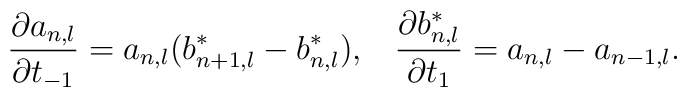
\frac{\partial a_{n,l}}{\partial t_{-1}}=a_{n,l}(b_{n+1,l}^{*}-b_{n,l}^{*}),\;\;\;\frac{\partial b_{n,l}^{*}}{\partial t_{1}}=a_{n,l}-a_{n-1,l}.